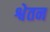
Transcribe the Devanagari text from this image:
श्वेतन